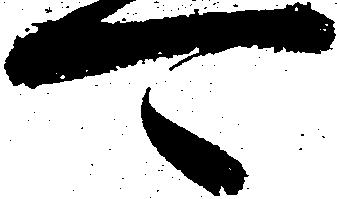
可